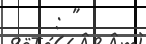
: "